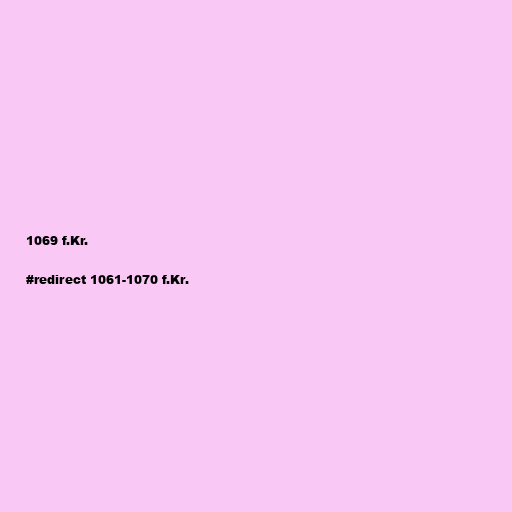
1069 f.Kr.

#redirect 1061-1070 f.Kr.